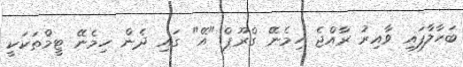
ބަހާލާފައި ވާއިރު ރާއްޖެ ހިމެނޭ ގްރޫޕް "އޭ" ގައި ދެން ހިމެނޭ ޓީމްތަކަކީ